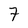
Character: 7